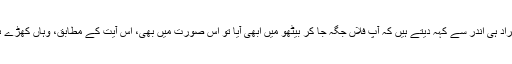
بعض دفعہ گھر کے افراد ہی اندر سے کہہ دیتے ہیں کہ آپ فلاں جگہ جا کر بیٹھو میں ابھی آیا تو اس صورت میں بھی، اس آیت کے مطابق، وہاں کھڑے ہونے کی ممانعت ہے۔